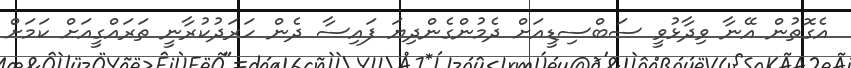
އެގޮތުން އޭނާ ވިދާޅުވީ ސަބްސިޑީއަށް ދެމުންގެންދިޔަ ފައިސާ ދެން ހަރަދުކުރާނީ ތަަރައްގީއަށް ކަމަށް